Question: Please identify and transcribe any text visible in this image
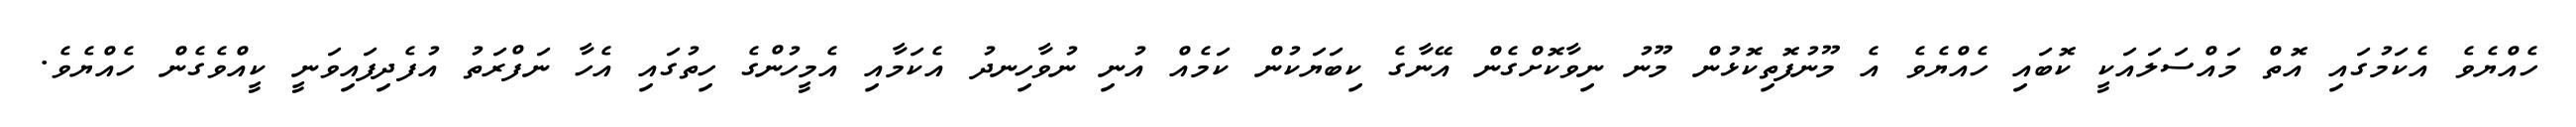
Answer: ހެއްޔެވެ އެކަމުގައި އޮތް މައްސަލައަކީ ކޮބައި ހެއްޔެވެ އެ މޫނުފޮތިކޮޅުން މޫނު ނިވާކޮށްގެން އޭނާގެ ކިބަޔަކުން ކަމެއް އުނި ނުވާހިނދު އެކަމާއި އެމީހުންގެ ހިތުގައި އެހާ ނަފްރަތު އުފެދިފައިވަނީ ކީއްވެގެން ހެއްޔެވެ.